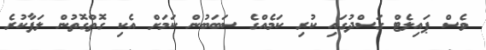
ވެސް ޕައިލެޓް ގަސްދުގައި ކުރި ކަމެއްގެ ސަބަބުން ކަމަށް އެކި ގޮތްގޮތުން ލަފާކުރެ